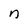
Character: n